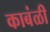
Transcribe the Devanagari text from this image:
काबंळी